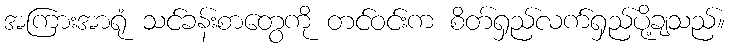
အကြားအာရုံ သင်ခန်းစာတွေကို တင်ဝင်းက စိတ်ရှည်လက်ရှည်ပို့ချသည်။